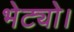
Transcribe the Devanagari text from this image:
भेट्यो।